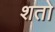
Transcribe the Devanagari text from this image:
शतो